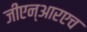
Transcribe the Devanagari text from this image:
जीएन्‌आरएच